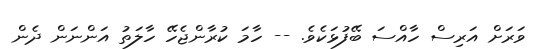
ވަރަށް އަރިސް ހާއްސަ ބޭފުޅަކެވެ. -- ހާމަ ކުރާންޖެހޭ ހާލަތު އަންނަން ދެން